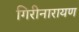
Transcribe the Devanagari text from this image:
गिरीनारायण